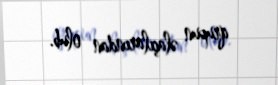
qrupun əlaçılarından olub.